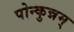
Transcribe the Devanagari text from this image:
पोन्कुन्नम्